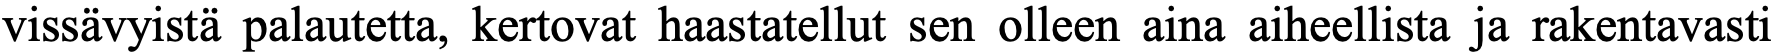
vissävyistä palautetta, kertovat haastatellut sen olleen aina aiheellista ja rakentavasti